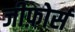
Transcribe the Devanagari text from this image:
जीफ़ोर्स